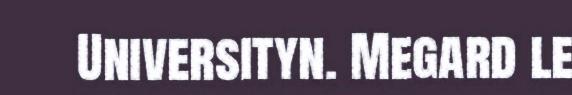
Universityn. Megard le